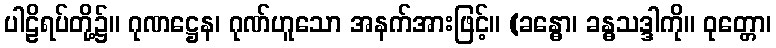
ပါဠိရပ်တို့၌။ ဂုဏဋ္ဌေန၊ ဂုဏ်ဟူသော အနက်အားဖြင့်။ (ခန္ဓော၊ ခန္ဓသဒ္ဒါကို။ ဝုတ္တော၊